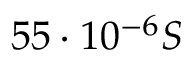
5 5 \cdot 1 0 ^ { - 6 } S